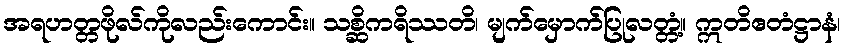
အရဟတ္တဖိုလ်ကိုလည်းကောင်း။ သစ္ဆိကရိဿတိ၊ မျက်မှောက်ပြုလတ္တံ့။ ဣတိဧတံဋ္ဌာနံ၊